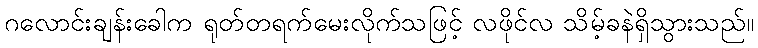
ဂလောင်းချန်းခေါက ရုတ်တရက်မေးလိုက်သဖြင့် လဖိုင်လ သိမ့်ခနဲရှိသွားသည်။